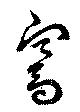
騫